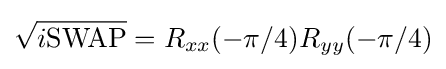
{\sqrt {i{\mbox{SWAP}}}}=R_{xx}(-\pi /4)R_{yy}(-\pi /4)